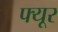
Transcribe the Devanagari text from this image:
फ्यूर